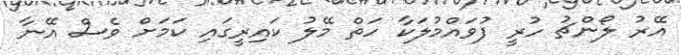
އޭރު ލޯންޗު ހުރީ ފުވައްމުލަކާ ހަތް މޭލު ކައިރީގައި ކަމަށް ވެސް އޭނާ